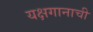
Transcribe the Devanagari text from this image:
यक्षगानाची